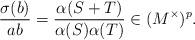
LaTeX: \begin{align*} \frac{\sigma(b)}{ab} = \frac{\alpha(S+T)}{\alpha(S) \alpha(T)} \in (M^\times)^p. \end{align*}